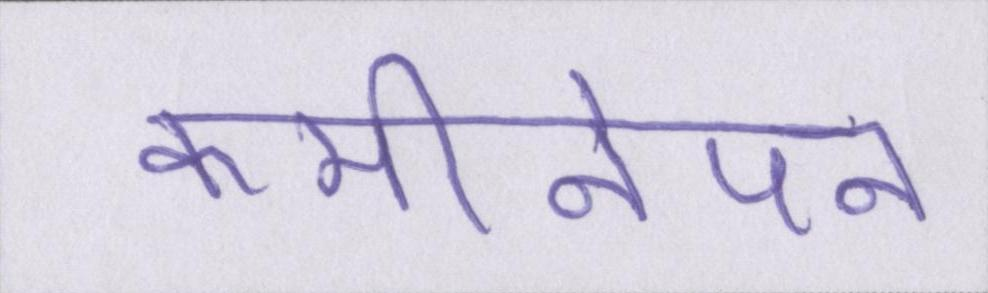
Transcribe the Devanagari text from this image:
कमीनेपन